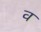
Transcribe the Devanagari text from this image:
व